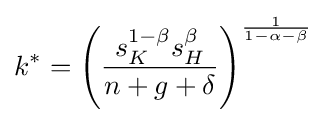
k^{*}=\left({\frac {s_{K}^{1-\beta }s_{H}^{\beta }}{n+g+\delta }}\right)^{\frac {1}{1-\alpha -\beta }}